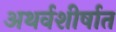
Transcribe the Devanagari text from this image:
अथर्वशीर्षात